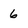
Character: 6